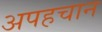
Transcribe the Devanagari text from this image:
अपहचान